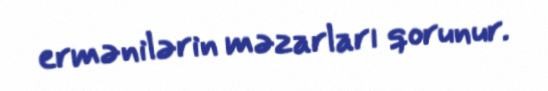
ermənilərin məzarları qorunur.